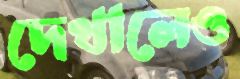
দেখালেও